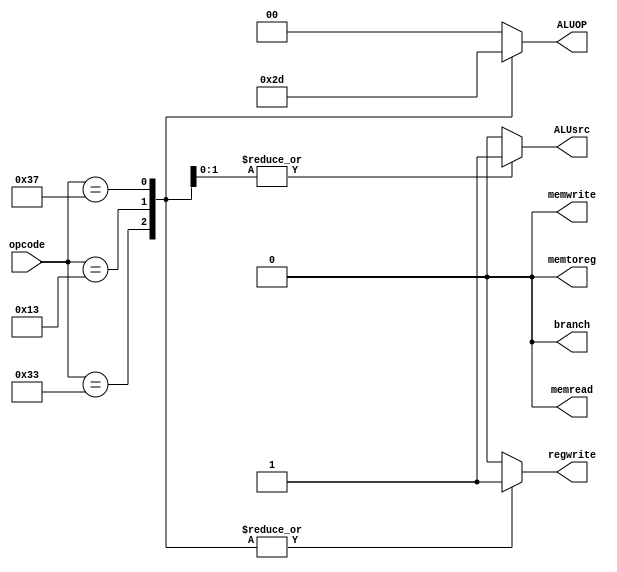
// =============================================================================
// -----------------------------------------------------------------------------
// This file implements the control model.
// =============================================================================

module control(
    input wire [6:0]	opcode, //Instruction[6:0]

    output reg ALUsrc, //Selects the second source operand for the ALU (0-Immediate; 1-rs2).
    output reg [1:0] ALUOP, //Either specifies the ALU operation to be performed or specifies that the operation should be determined from the function bits.
	output reg			regwrite,memtoreg,  		   //WB signal
    //memtoreg: Selects the source value for the register write as either the ALU result or memory.
    //regwrite: Asserted if a result needs to be written to a register.
	output reg			memread,memwrite,branch	   	//MEM signal---will not be used in this project
);

always@(*) begin

        case (opcode[6:0])
		7'b0110011:      //R-type opcode
			begin
			regwrite <= 1'b1;
			memtoreg <= 1'b0;
			ALUsrc	 <= 1'b0; //select rs2
			ALUOP 	 <= 2'b10;//
			
			memread  <=  1'b0;
			memwrite <=  1'b0;
			branch   <=  1'b0;
			end
		7'b0010011: 	//Imm -type opcode
			begin		
			regwrite <= 1'b1;
			memtoreg <= 1'b0;
			ALUsrc	 <= 1'b1;	//select Imm
			ALUOP 	 <= 2'b11;
			
		    memread  <=  1'b0;
			memwrite <=  1'b0;
			branch   <=  1'b0;
			end
		7'b0110111: 	//LUI
			begin		
			regwrite <= 1'b1;
			memtoreg <= 1'b0;
			ALUsrc	 <= 1'b1;	//select Imm
			ALUOP 	 <= 2'b01;
			
		    memread  <=  1'b0;
			memwrite <=  1'b0;
			branch   <=  1'b0;			
			
			end
		
		default : 
			begin
			regwrite <= 1'b0;
			memtoreg <= 1'b0;
			ALUsrc   <= 1'b0;
			ALUOP    <= 2'b00;
		    memread  <=  1'b0;
			memwrite <=  1'b0;
			branch   <=  1'b0;			
			
			
			end
			
        endcase


end

endmodule




 /*   if(opcode==7'b0110011) begin //R-type
        ALUsrc = 0; //rs2
        ALUOP = 2'b10;
    end
    else if(opcode==7'b0010011) begin //I-type except CSRRW and CSRRWI
        ALUsrc = 1; //Imm
        ALUOP = 2'b11;
    end
    else if(opcode==7'b1110011) begin //CSRRW and CSRRWI
        ALUsrc = 0; //Imm
        ALUOP = 2'b00;
    end
    else begin //other situation
        ALUsrc = 0;
        ALUOP = 2'b00;
    end
	*/